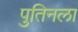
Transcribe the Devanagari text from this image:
पुतिनला